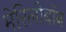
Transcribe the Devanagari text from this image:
मेरिलीबॉन